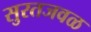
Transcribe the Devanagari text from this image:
सुरतजवळ